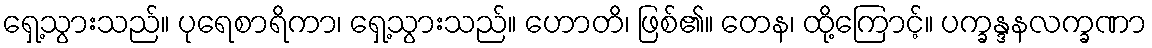
ရှေ့သွားသည်။ ပုရေစာရိကာ၊ ရှေ့သွားသည်။ ဟောတိ၊ ဖြစ်၏။ တေန၊ ထို့ကြောင့်။ ပက္ခန္ဒနလက္ခဏာ